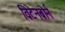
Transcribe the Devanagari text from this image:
विटेनबोर्न